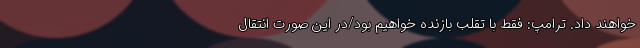
خواهند داد. ترامپ: فقط با تقلب بازنده خواهیم بود/در این صورت انتقال